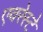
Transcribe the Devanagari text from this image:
एवरेस्‍टे